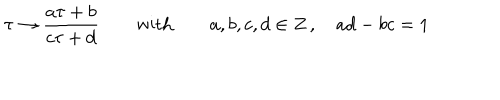
\tau \rightarrow \frac { a \tau + b } { c \tau + d } \qquad \textrm { w i t h } \qquad a , b , c , d \in Z \, , \quad a d - b c = 1